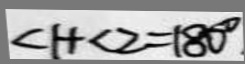
\angle 1 + \angle 2 = 1 8 0 ^ { \circ }